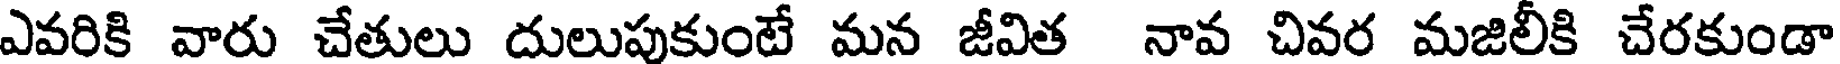
ఎవరికి వారు చేతులు దులుపుకుంటే మన జీవిత నావ చివర మజిలీకి చేరకుండా